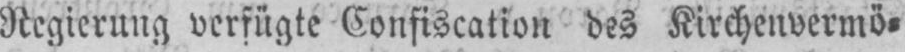
Regierung verfügte Confiscation des Kirchenvermö⸗